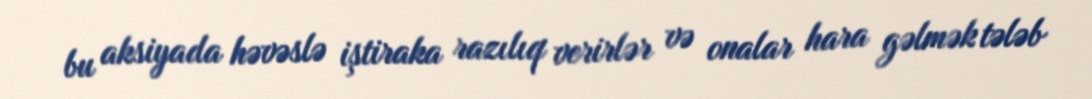
bu aksiyada həvəslə iştiraka razılıq verirlər və onalar hara gəlmək tələb